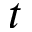
t